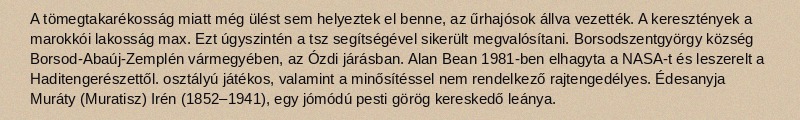
A tömegtakarékosság miatt még ülést sem helyeztek el benne, az űrhajósok állva vezették. A keresztények a marokkói lakosság max. Ezt úgyszintén a tsz segítségével sikerült megvalósítani. Borsodszentgyörgy község Borsod-Abaúj-Zemplén vármegyében, az Ózdi járásban. Alan Bean 1981-ben elhagyta a NASA-t és leszerelt a Haditengerészettől. osztályú játékos, valamint a minősítéssel nem rendelkező rajtengedélyes. Édesanyja Muráty (Muratisz) Irén (1852–1941), egy jómódú pesti görög kereskedő leánya.